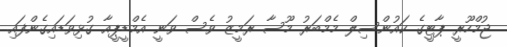
ޖުމްހޫރީ ޕާޓީގެ ކައުންސިލް މެމްބަރު މޫސާ ރަމީޒު ވެސް ވަނީ އެމްޑީޕީއާ ގުޅިވަޑައިގެންފައި.